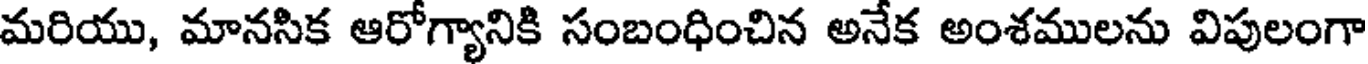
మరియు, మానసిక ఆరోగ్యానికి సంబంధించిన అనేక అంశములను విపులంగా